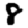
Digit: 8